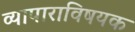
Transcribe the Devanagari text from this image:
व्यापाराविषयक